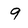
Character: 9